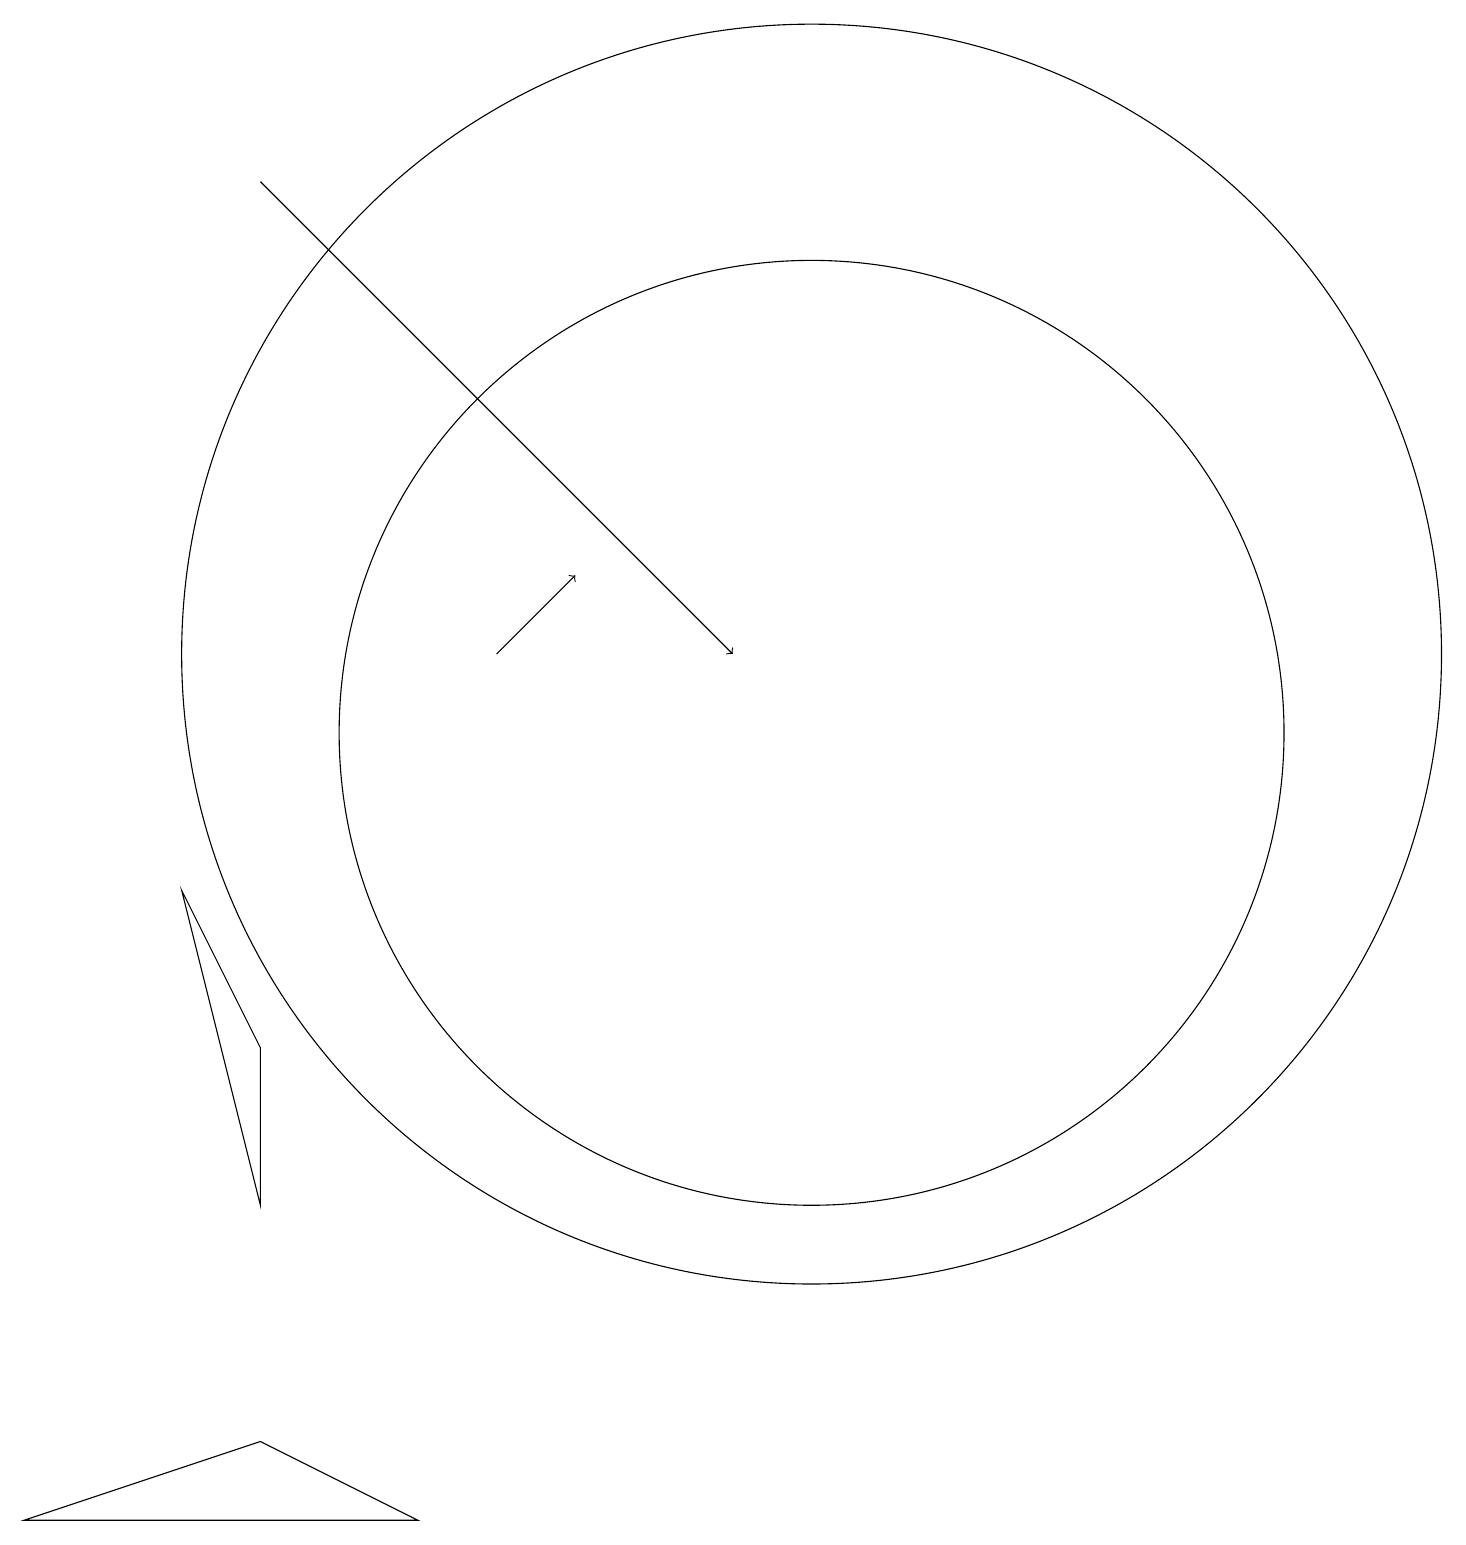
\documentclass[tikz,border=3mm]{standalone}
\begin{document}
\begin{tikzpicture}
\draw[->] (3,18) -- (9,12);
\draw (10,12) circle (8);
\draw[->] (6,12) -- (7,13);
\draw (10,11) circle (6);
\draw (3,2) -- (5,1) -- (0,1) -- cycle;
\draw (2,9) -- (3,7) -- (3,5) -- cycle;
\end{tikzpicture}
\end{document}